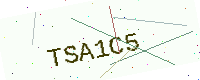
Text: TSA1C5